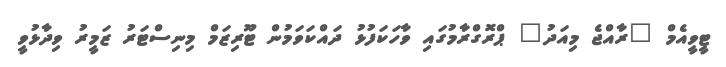
ޓީވީއެމް "ރާއްޖެ މިއަދު" ޕްރޮގްރާމުގައި ވާހަކަފުޅު ދައްކަވަމުން ޓޫރިޒަމް މިނިސްޓަރު ޒަމީރު ވިދާޅުވީ